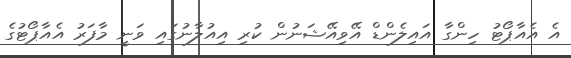
އެ އެއާޕޯޓު ހިންގާ އައިލެންޑް އޭވިއޭޝަނުން ކުރި އިއުލާނުގައި ވަނީ މާފަރު އެއާޕޯޓުގެ